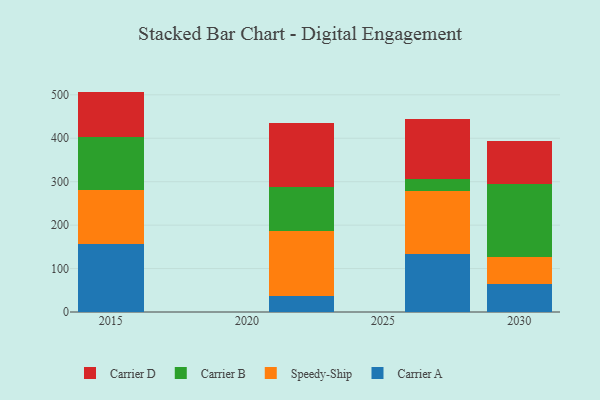
{"axis": {"x": "Year", "y": "Backlog"}, "legend": ["Carrier A", "Carrier B", "Carrier D", "Speedy-Ship"], "data": [{"x": "2027", "y": 133.5, "type": "Carrier A"}, {"x": "2027", "y": 144.4, "type": "Speedy-Ship"}, {"x": "2027", "y": 27.9, "type": "Carrier B"}, {"x": "2027", "y": 137.6, "type": "Carrier D"}, {"x": "2022", "y": 37.7, "type": "Carrier A"}, {"x": "2022", "y": 148.5, "type": "Speedy-Ship"}, {"x": "2022", "y": 101.3, "type": "Carrier B"}, {"x": "2022", "y": 147.6, "type": "Carrier D"}, {"x": "2015", "y": 157.4, "type": "Carrier A"}, {"x": "2015", "y": 123.6, "type": "Speedy-Ship"}, {"x": "2015", "y": 120.9, "type": "Carrier B"}, {"x": "2015", "y": 105.5, "type": "Carrier D"}, {"x": "2030", "y": 64.2, "type": "Carrier A"}, {"x": "2030", "y": 62.6, "type": "Speedy-Ship"}, {"x": "2030", "y": 167.1, "type": "Carrier B"}, {"x": "2030", "y": 100.0, "type": "Carrier D"}]}